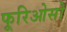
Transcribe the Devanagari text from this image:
फूरिओसो